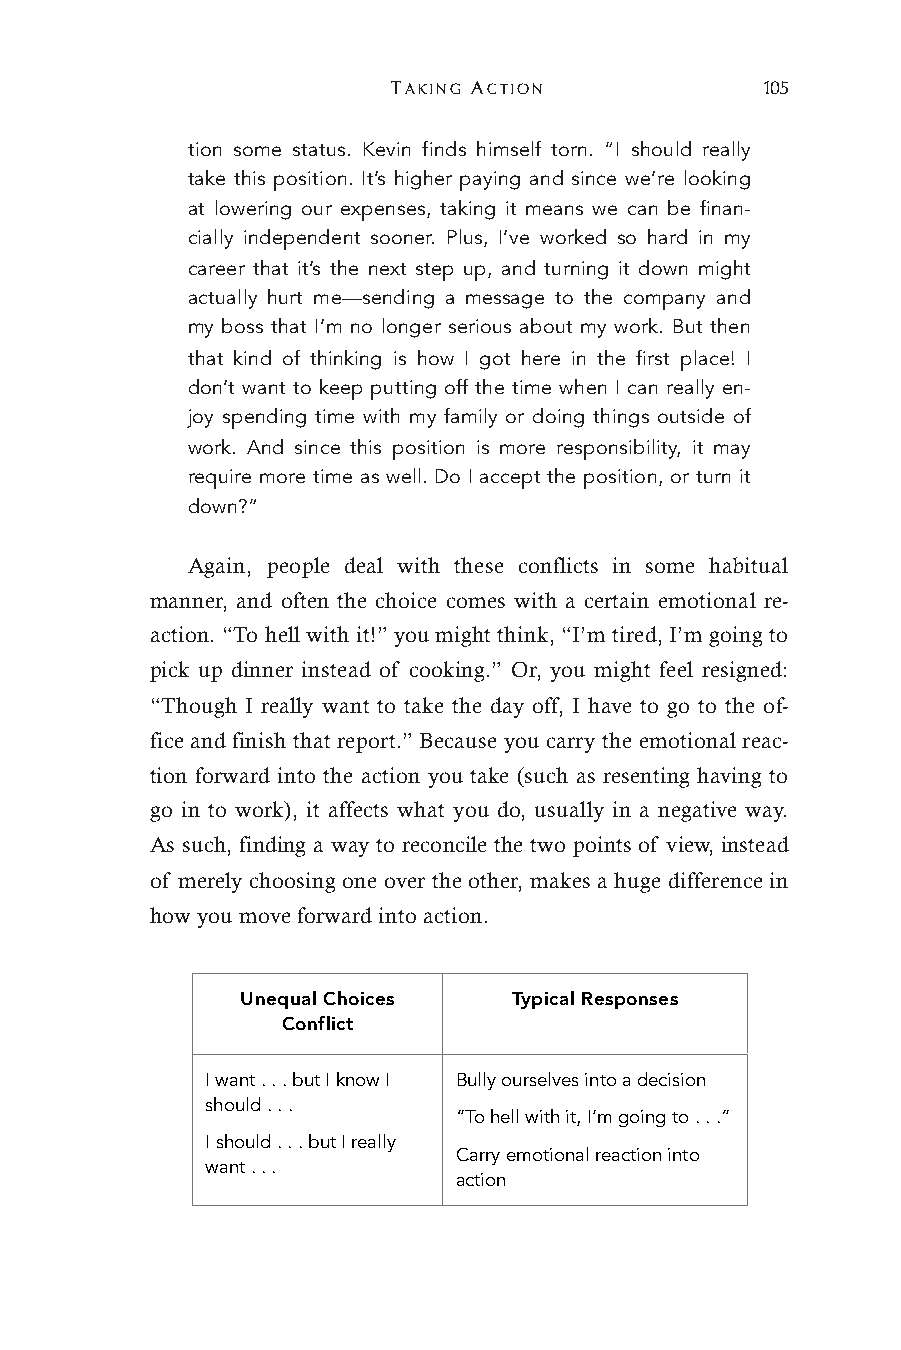
TAKING ACTION            105
 tion some status. Kevin finds himself torn. “I should really
 take this position. It’s higher paying and since we’re looking
 at lowering our expenses, taking it means we can be finan-
 cially independent sooner. Plus, I’ve worked so hard in my
 career that it’s the next step up, and turning it down might
 actually hurt me—sending a message to the company and
 my boss that I’m no longer serious about my work. But then
 that kind of thinking is how I got here in the first place! I
 don’t want to keep putting off the time when I can really en-
 joy spending time with my family or doing things outside of
 work. And since this position is more responsibility, it may
 require more time as well. Do I accept the position, or turn it
 down?”
 Again, people deal with these conflicts in some habitual
 manner, and often the choice comes with a certain emotional re-
 action. “To hell with it!” you might think, “I’m tired, I’m going to
 pick up dinner instead of cooking.” Or, you might feel resigned:
 “Though I really want to take the day off, I have to go to the of-
 fice and finish that report.” Because you carry the emotional reac-
 tion forward into the action you take (such as resenting having to
 go in to work), it affects what you do, usually in a negative way.
 As such, finding a way to reconcile the two points of view, instead
 of merely choosing one over the other, makes a huge difference in
 how you move forward into action.
 Unequal Choices   Typical Responses
 Conflict
 I want . . . but I know I Bully ourselves into a decision
 should . . .
 “To hell with it, I’m going to . . .”
 I should . . . but I really
 Carry emotional reaction into
 want . . .
 action